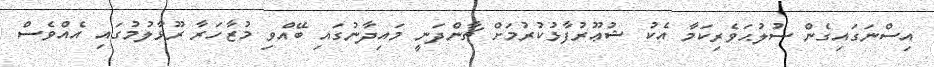
އިސްނަގައިގެން ސުލުޙަވެރިކަމާ އެކު ޝުޢޫރުފާޅުކުރުމަށް ޗާންދަނީ މައިދާނުގައި ބޭއްވި މުޒާހަރާ ރޫޅާލުމުގައި އެއްވެސް